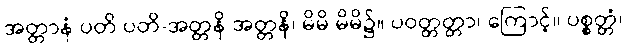
အတ္တာနံ ပတိ ပတိ-အတ္တနိ အတ္တနိ၊ မိမိ မိမိ၌။ ပဝတ္တတ္တာ၊ ကြောင့်။ ပစ္စတ္တံ၊